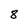
Character: 8